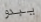
يبدو